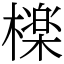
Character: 檪